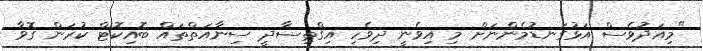
"މިއަދުވެސް އަޅުގަނޑުމެންނަށް މި އިވެނީ ދިވެހި އިގްތިސާދީ ސިނާއަތްތައް ބޮއިކޮޓް ކުރަން ގޮވާ